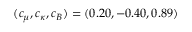
( c _ { \mu } , c _ { \kappa } , c _ { B } ) = ( 0 . 2 0 , - 0 . 4 0 , 0 . 8 9 )